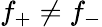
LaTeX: f_{+}\neq f_{-}